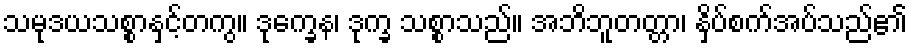
သမုဒယသစ္စာနှင့်တကွ။ ဒုက္ခေန၊ ဒုက္ခ သစ္စာသည်။ အဘိဘူတတ္တာ၊ နှိပ်စက်အပ်သည်၏